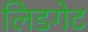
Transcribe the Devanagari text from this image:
लिडगेट